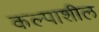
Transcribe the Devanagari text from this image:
कल्पाशील